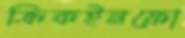
ক্রিকইনফো